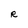
Character: R